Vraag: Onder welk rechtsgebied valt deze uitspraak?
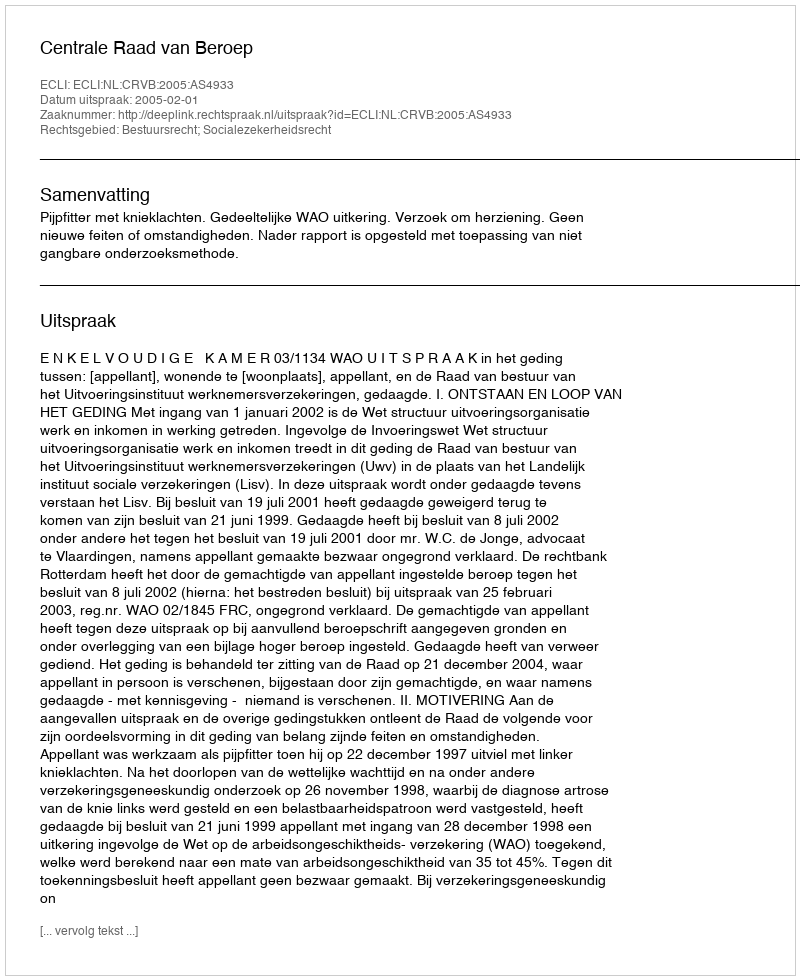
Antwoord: Bestuursrecht; Socialezekerheidsrecht